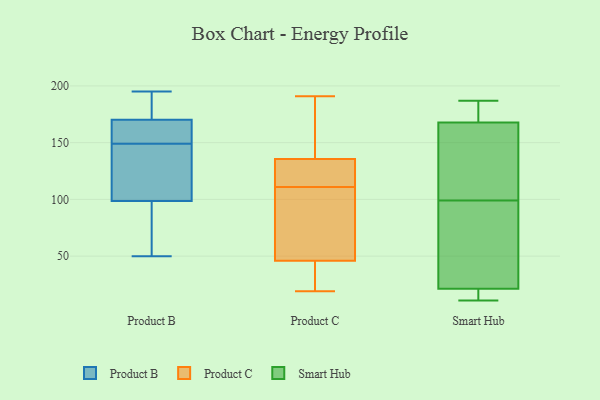
{"axis": {"x": "Active Users", "y": "Value"}, "legend": ["Product B", "Product C", "Smart Hub"], "data": [{"x": "", "y": 68, "type": "Product B"}, {"x": "", "y": 195, "type": "Product B"}, {"x": "", "y": 149, "type": "Product B"}, {"x": "", "y": 177, "type": "Product B"}, {"x": "", "y": 174, "type": "Product B"}, {"x": "", "y": 50, "type": "Product B"}, {"x": "", "y": 112, "type": "Product B"}, {"x": "", "y": 98, "type": "Product B"}, {"x": "", "y": 154, "type": "Product B"}, {"x": "", "y": 100, "type": "Product B"}, {"x": "", "y": 159, "type": "Product B"}, {"x": "", "y": 189, "type": "Product C"}, {"x": "", "y": 52, "type": "Product C"}, {"x": "", "y": 42, "type": "Product C"}, {"x": "", "y": 113, "type": "Product C"}, {"x": "", "y": 126, "type": "Product C"}, {"x": "", "y": 50, "type": "Product C"}, {"x": "", "y": 39, "type": "Product C"}, {"x": "", "y": 112, "type": "Product C"}, {"x": "", "y": 129, "type": "Product C"}, {"x": "", "y": 36, "type": "Product C"}, {"x": "", "y": 155, "type": "Product C"}, {"x": "", "y": 30, "type": "Product C"}, {"x": "", "y": 159, "type": "Product C"}, {"x": "", "y": 191, "type": "Product C"}, {"x": "", "y": 67, "type": "Product C"}, {"x": "", "y": 137, "type": "Product C"}, {"x": "", "y": 134, "type": "Product C"}, {"x": "", "y": 67, "type": "Product C"}, {"x": "", "y": 19, "type": "Product C"}, {"x": "", "y": 110, "type": "Product C"}, {"x": "", "y": 66, "type": "Smart Hub"}, {"x": "", "y": 99, "type": "Smart Hub"}, {"x": "", "y": 13, "type": "Smart Hub"}, {"x": "", "y": 127, "type": "Smart Hub"}, {"x": "", "y": 21, "type": "Smart Hub"}, {"x": "", "y": 22, "type": "Smart Hub"}, {"x": "", "y": 186, "type": "Smart Hub"}, {"x": "", "y": 187, "type": "Smart Hub"}, {"x": "", "y": 11, "type": "Smart Hub"}, {"x": "", "y": 160, "type": "Smart Hub"}, {"x": "", "y": 184, "type": "Smart Hub"}, {"x": "", "y": 12, "type": "Smart Hub"}, {"x": "", "y": 35, "type": "Smart Hub"}, {"x": "", "y": 161, "type": "Smart Hub"}, {"x": "", "y": 170, "type": "Smart Hub"}]}